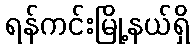
ရန်ကင်းမြို့နယ်ရှိ